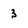
Character: 3